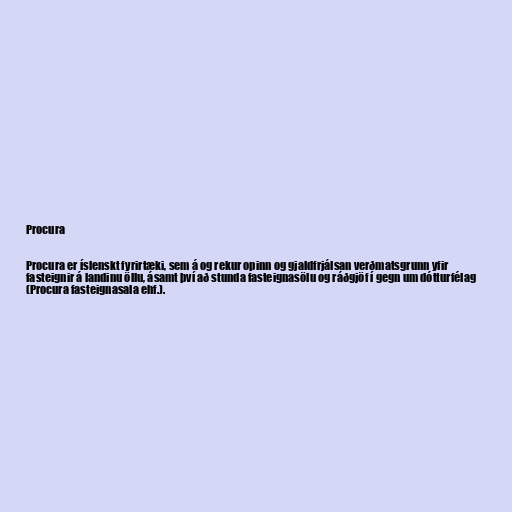
Procura

Procura er íslenskt fyrirtæki, sem á og rekur opinn og gjaldfrjálsan verðmatsgrunn yfir
fasteignir á landinu öllu, ásamt því að stunda fasteignasölu og ráðgjöf í gegn um dótturfélag
(Procura fasteignasala ehf.).